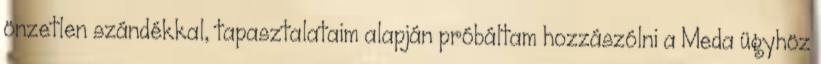
önzetlen szándékkal, tapasztalataim alapján próbáltam hozzászólni a Meda ügyhöz